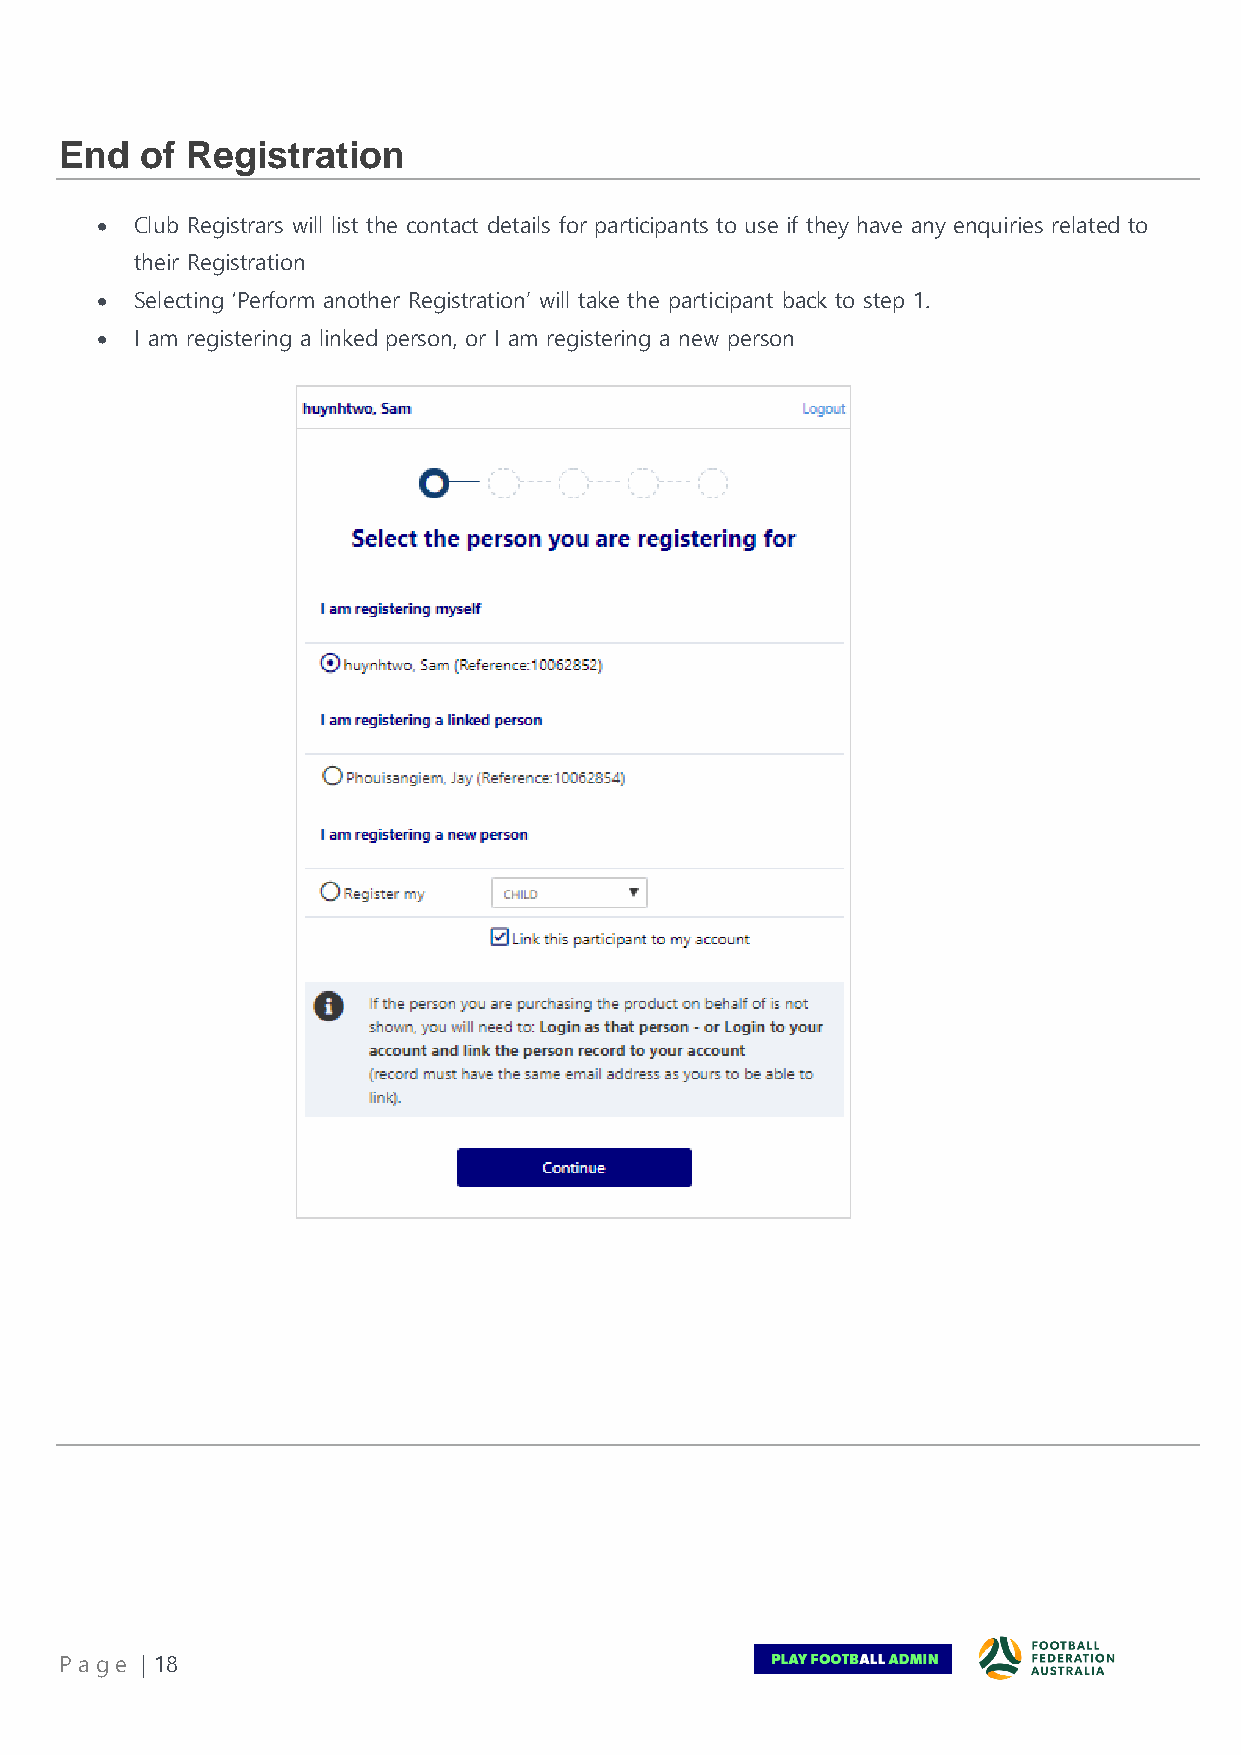
End  of Registration
 •  Club Registrars will list the contact details for participants to use if they have any enquiries related to
 their Registration
 •  Selecting ‘Perform another Registration’ will take the participant back to step 1.
 •  I am registering a linked person, or I am registering a new person
 Pa ge | 18